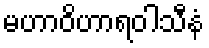
မဟာဝိဟာရဝါသီနံ